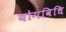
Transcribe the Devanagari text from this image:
योगविधि